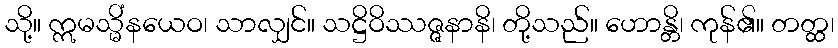
သို့။ ဣမသ္မိံနယေဝ၊ သာလျှင်။ သဋ္ဌိဝိဿဇ္ဇနာနိ၊ တို့သည်။ ဟောန္တိ၊ ကုန်၏။ တတ္ထ၊